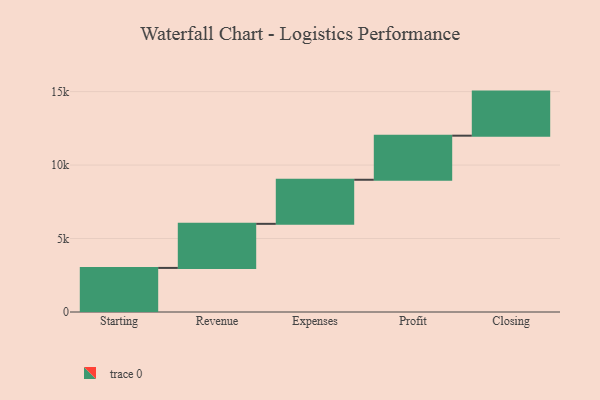
{"axis": {"x": "Step", "y": "Value"}, "legend": [""], "data": [{"x": "Starting", "y": 3000, "type": ""}, {"x": "Revenue", "y": 3000, "type": ""}, {"x": "Expenses", "y": 3000, "type": ""}, {"x": "Profit", "y": 3000, "type": ""}, {"x": "Closing", "y": 3000, "type": ""}]}